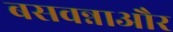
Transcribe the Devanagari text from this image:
बसवन्नाऔर